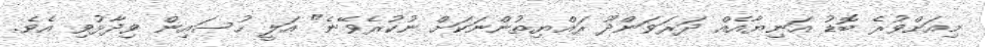
މިއަށްވުރެ ބޮޑު އަނިޔާއެއް ދަރަވަންދޫ ރައްޔިތުންނަކަށް ނުކުރެވޭނެ" އަލީ ހުސައިން ވިދާޅުވި އެވެ.